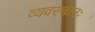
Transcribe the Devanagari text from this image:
व्यवस्थानः